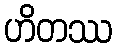
ဟိတဿ